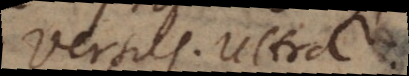
Versus. Ultra.